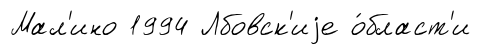
Мал'ино 1994 Лбовск'иjе о́бласт'и